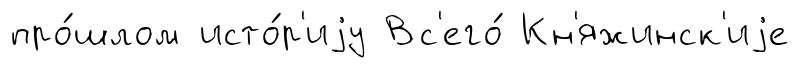
про́шлом исто́р'иjу Вс'его́ Кн'яжинск'иjе